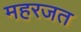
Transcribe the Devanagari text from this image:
महरजत